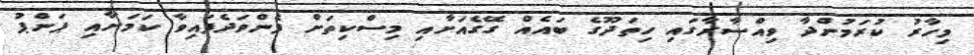
މިހާރު ކުރަމުންދާ ވިއްސާރާގައި ހިތަދޫގެ ބައެއް ގޭގެއަށާއި މިސްކިތަށް ފެންވަދެފައިވާ ކަމަށާއި ޕަންޕު